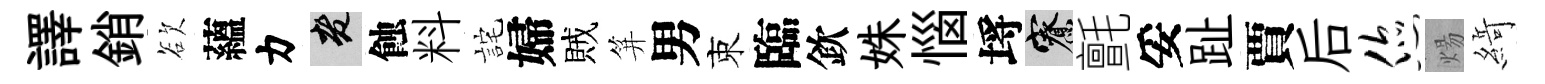
譯銷欲蘊力老蝕料詫婦賊笄男束臨欽姝惱埓寮氈妥趾賈后您煬𦂶